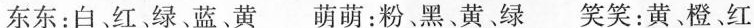
东东：白、红、绿、蓝、黄 萌萌：粉，黑、黄、绿 笑笑：黄，橙、红